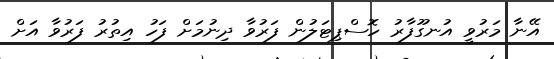
އޭނާ މަރުވީ އުނގޫފާރު ހޮސްޕިޓަލުން ފަރުވާ ދިނުމަށް ފަހު އިތުރު ފަރުވާ އަށް